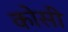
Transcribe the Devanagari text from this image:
काेसी